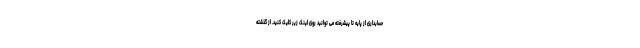
حسابداری از پایه تا پیشرفته می توانید روی لینک زیر کلیک کنید. از گذشته